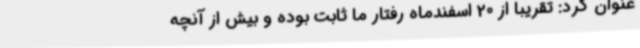
عنوان کرد: تقریبا از 20 اسفندماه رفتار ما ثابت بوده و بیش از آنچه